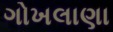
ગોખલાણા